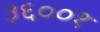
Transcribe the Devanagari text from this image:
३६००१